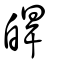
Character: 皔